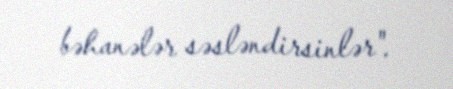
bəhanələr səsləndirsinlər".